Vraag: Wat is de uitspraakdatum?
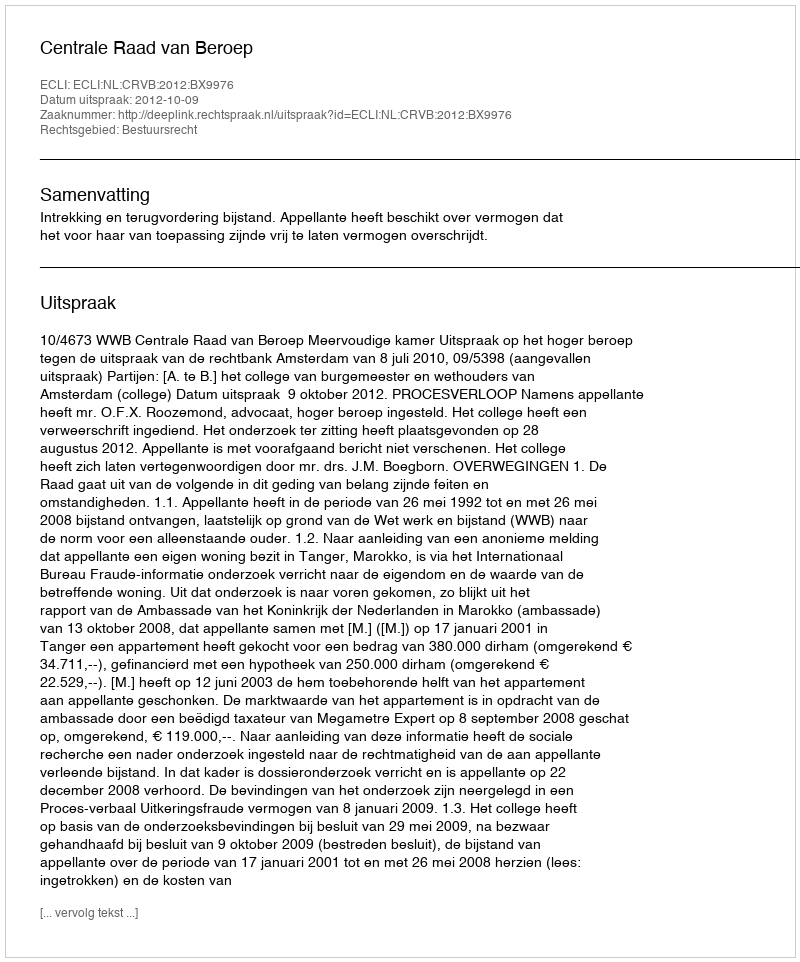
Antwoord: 2012-10-09